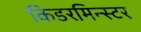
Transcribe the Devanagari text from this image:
किडरमिन्स्टर